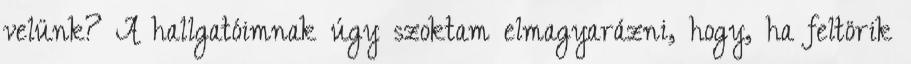
velünk? A hallgatóimnak úgy szoktam elmagyarázni, hogy, ha feltörik